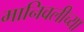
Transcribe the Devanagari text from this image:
मानिवलीच्या